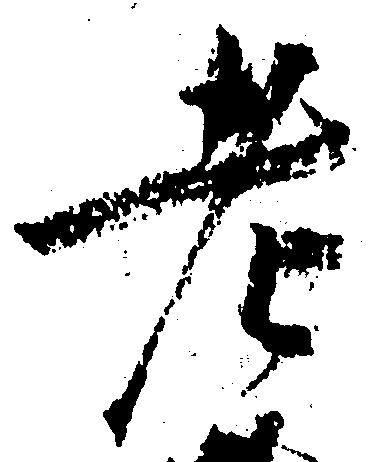
老